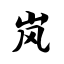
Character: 岚